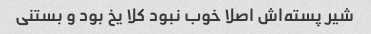
شیر پسته‌اش اصلا خوب نبود کلا یخ بود و بستنی